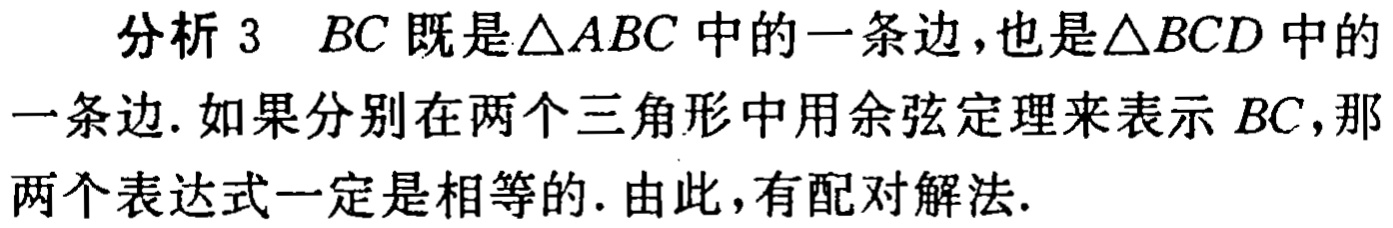
分析 3 \(BC\) 既是\(\triangle ABC\)中的一条边，也是\(\triangle BCD\)中的一条边. 如果分别在两个三角形中用余弦定理来表示 \(BC\)，那两个表达式一定是相等的. 由此，有配对解法.